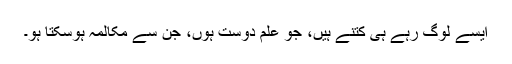
ایسے لوگ رہے ہی کتنے ہیں، جو علم دوست ہوں، جن سے مکالمہ ہوسکتا ہو۔